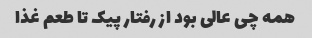
همه چی عالی بود از رفتار پیک تا طعم غذا